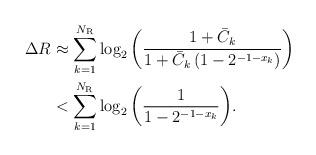
LaTeX: \begin{align*}\begin{aligned} \Delta R &\approx \sum\limits_{k = 1}^{{N_{\rm{R}}}} {{{\log }_2}\left( {\frac{{1 + {{{\bar C}_k}} }}{{1 + {{\bar C}_k}\left({1 - {2^{ - 1 - {x_k}}}}\right)}}} \right)}\\ &<\sum\limits_{k = 1}^{{N_{\rm{R}}}} {{{\log }_2}\left( {\frac{{1 }}{{ {1 - {2^{ - 1 - {x_k}}}}}}} \right)}.\end{aligned}\end{align*}